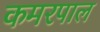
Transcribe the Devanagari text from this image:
कमरपाल